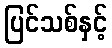
ပြင်သစ်နှင့်